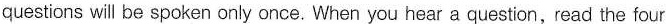
questions will be spoken only once. When you hear a question, read the four